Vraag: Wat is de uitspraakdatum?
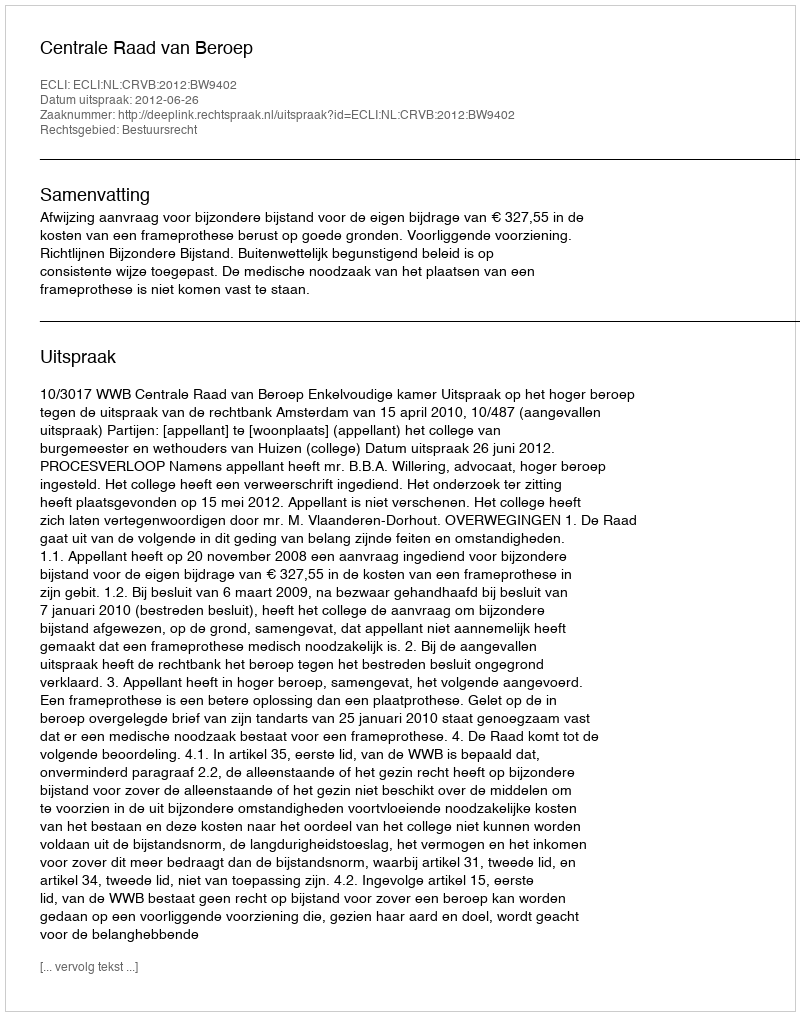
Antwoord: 2012-06-26